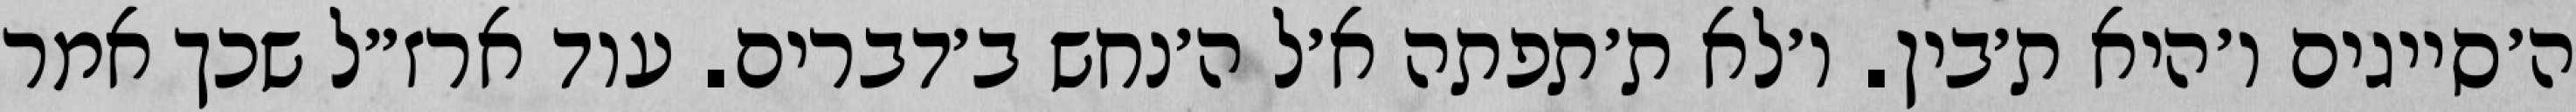
ה׳סייגים ו׳היא ת׳בין. ו׳לא ת׳תפתה א׳ל ה׳נחש ב׳דברים. עוד ארז״ל שכך אמר